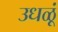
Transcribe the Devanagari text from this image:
उधळूं